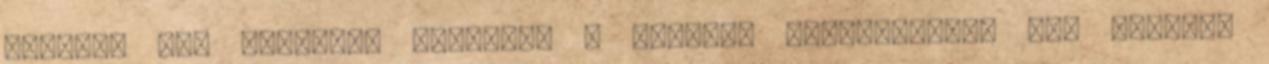
oldalát egy ecsettel bekenjük a páccal, lerétegezzük egy zárható